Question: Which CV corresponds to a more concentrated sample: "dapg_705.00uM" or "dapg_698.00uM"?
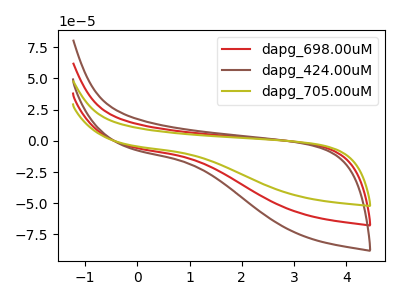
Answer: <think>The red curve "dapg_698.00uM" has no peaks. The brown curve "dapg_424.00uM" has no peaks. The olive curve "dapg_705.00uM" has no peaks.
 Neither "dapg_705.00uM" or "dapg_698.00uM" have any peaks.</think>
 <answer>I cant tell if "dapg_705.00uM" or "dapg_698.00uM" has higher concentration.</answer>
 <eval>mixed_concentration</eval>